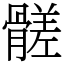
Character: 髊